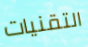
التقنيات